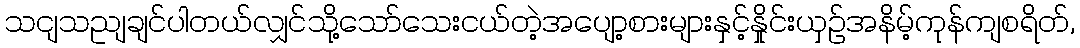
သငျသညျချင်ပါတယ်လျှင်သို့သော်သေးငယ်တဲ့အပျော့စားများနှင့်နှိုင်းယှဉ်အနိမ့်ကုန်ကျစရိတ်,